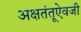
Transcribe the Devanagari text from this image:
अक्षतंतूऐवजी